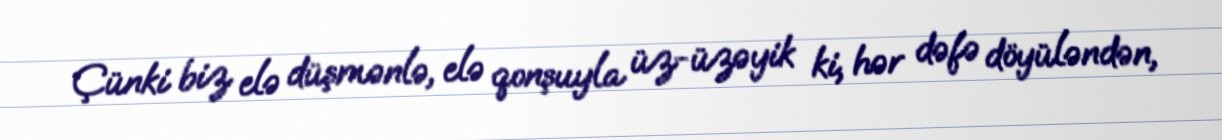
Çünki biz elə düşmənlə, elə qonşuyla üz-üzəyik ki, hər dəfə döyüləndən,